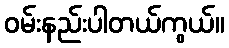
ဝမ်းနည်းပါတယ်ကွယ်။